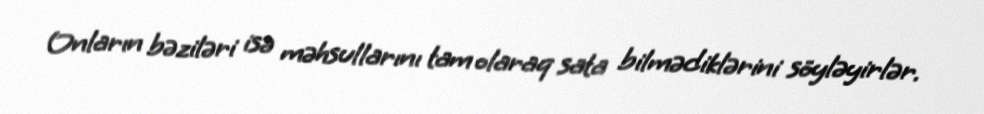
Onların bəziləri isə məhsullarını tam olaraq sata bilmədiklərini söyləyirlər.